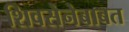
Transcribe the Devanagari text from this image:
शिवसेनेबाबत